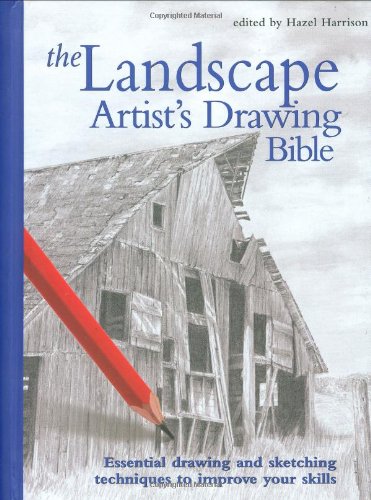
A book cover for Landscape Artist's Drawing Bible (Artist's Bibles); Arts & Photography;